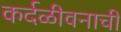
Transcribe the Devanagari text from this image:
कर्दळीवनाची